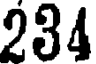
234